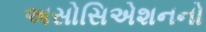
અસોસિએશનનો